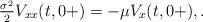
LaTeX: \begin{align*}\tfrac{\sigma^2}{2}V_{xx}(t,0+)=-\mu V_x(t,0+),.\end{align*}